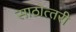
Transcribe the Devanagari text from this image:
साठोत्‍तरी